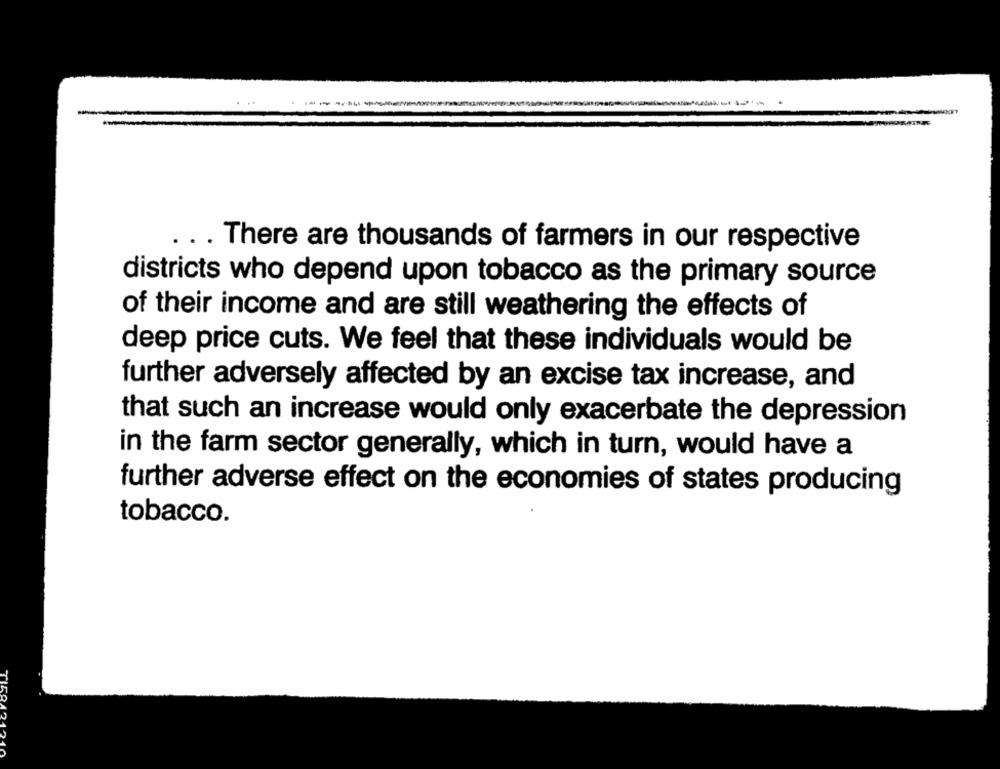
. . . There are thousands of farmers in our respective
districts who depend upon tobacco as the primary source
of their income and are still weathering the effects of
deep price cuts. We feel that these individuals would be
further adversely affected by an excise tax increase, and
that such an increase would only exacerbate the depression
in the farm sector generally, which in turn, would have a
further adverse effect on the economies of states producing
tobacco.
TIE912